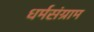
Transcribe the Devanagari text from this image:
धर्मसंग्राम